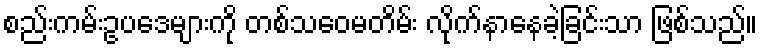
စည်းကမ်းဥပဒေများကို တစ်သဝေမတိမ်း လိုက်နာနေခဲ့ခြင်းသာ ဖြစ်သည်။